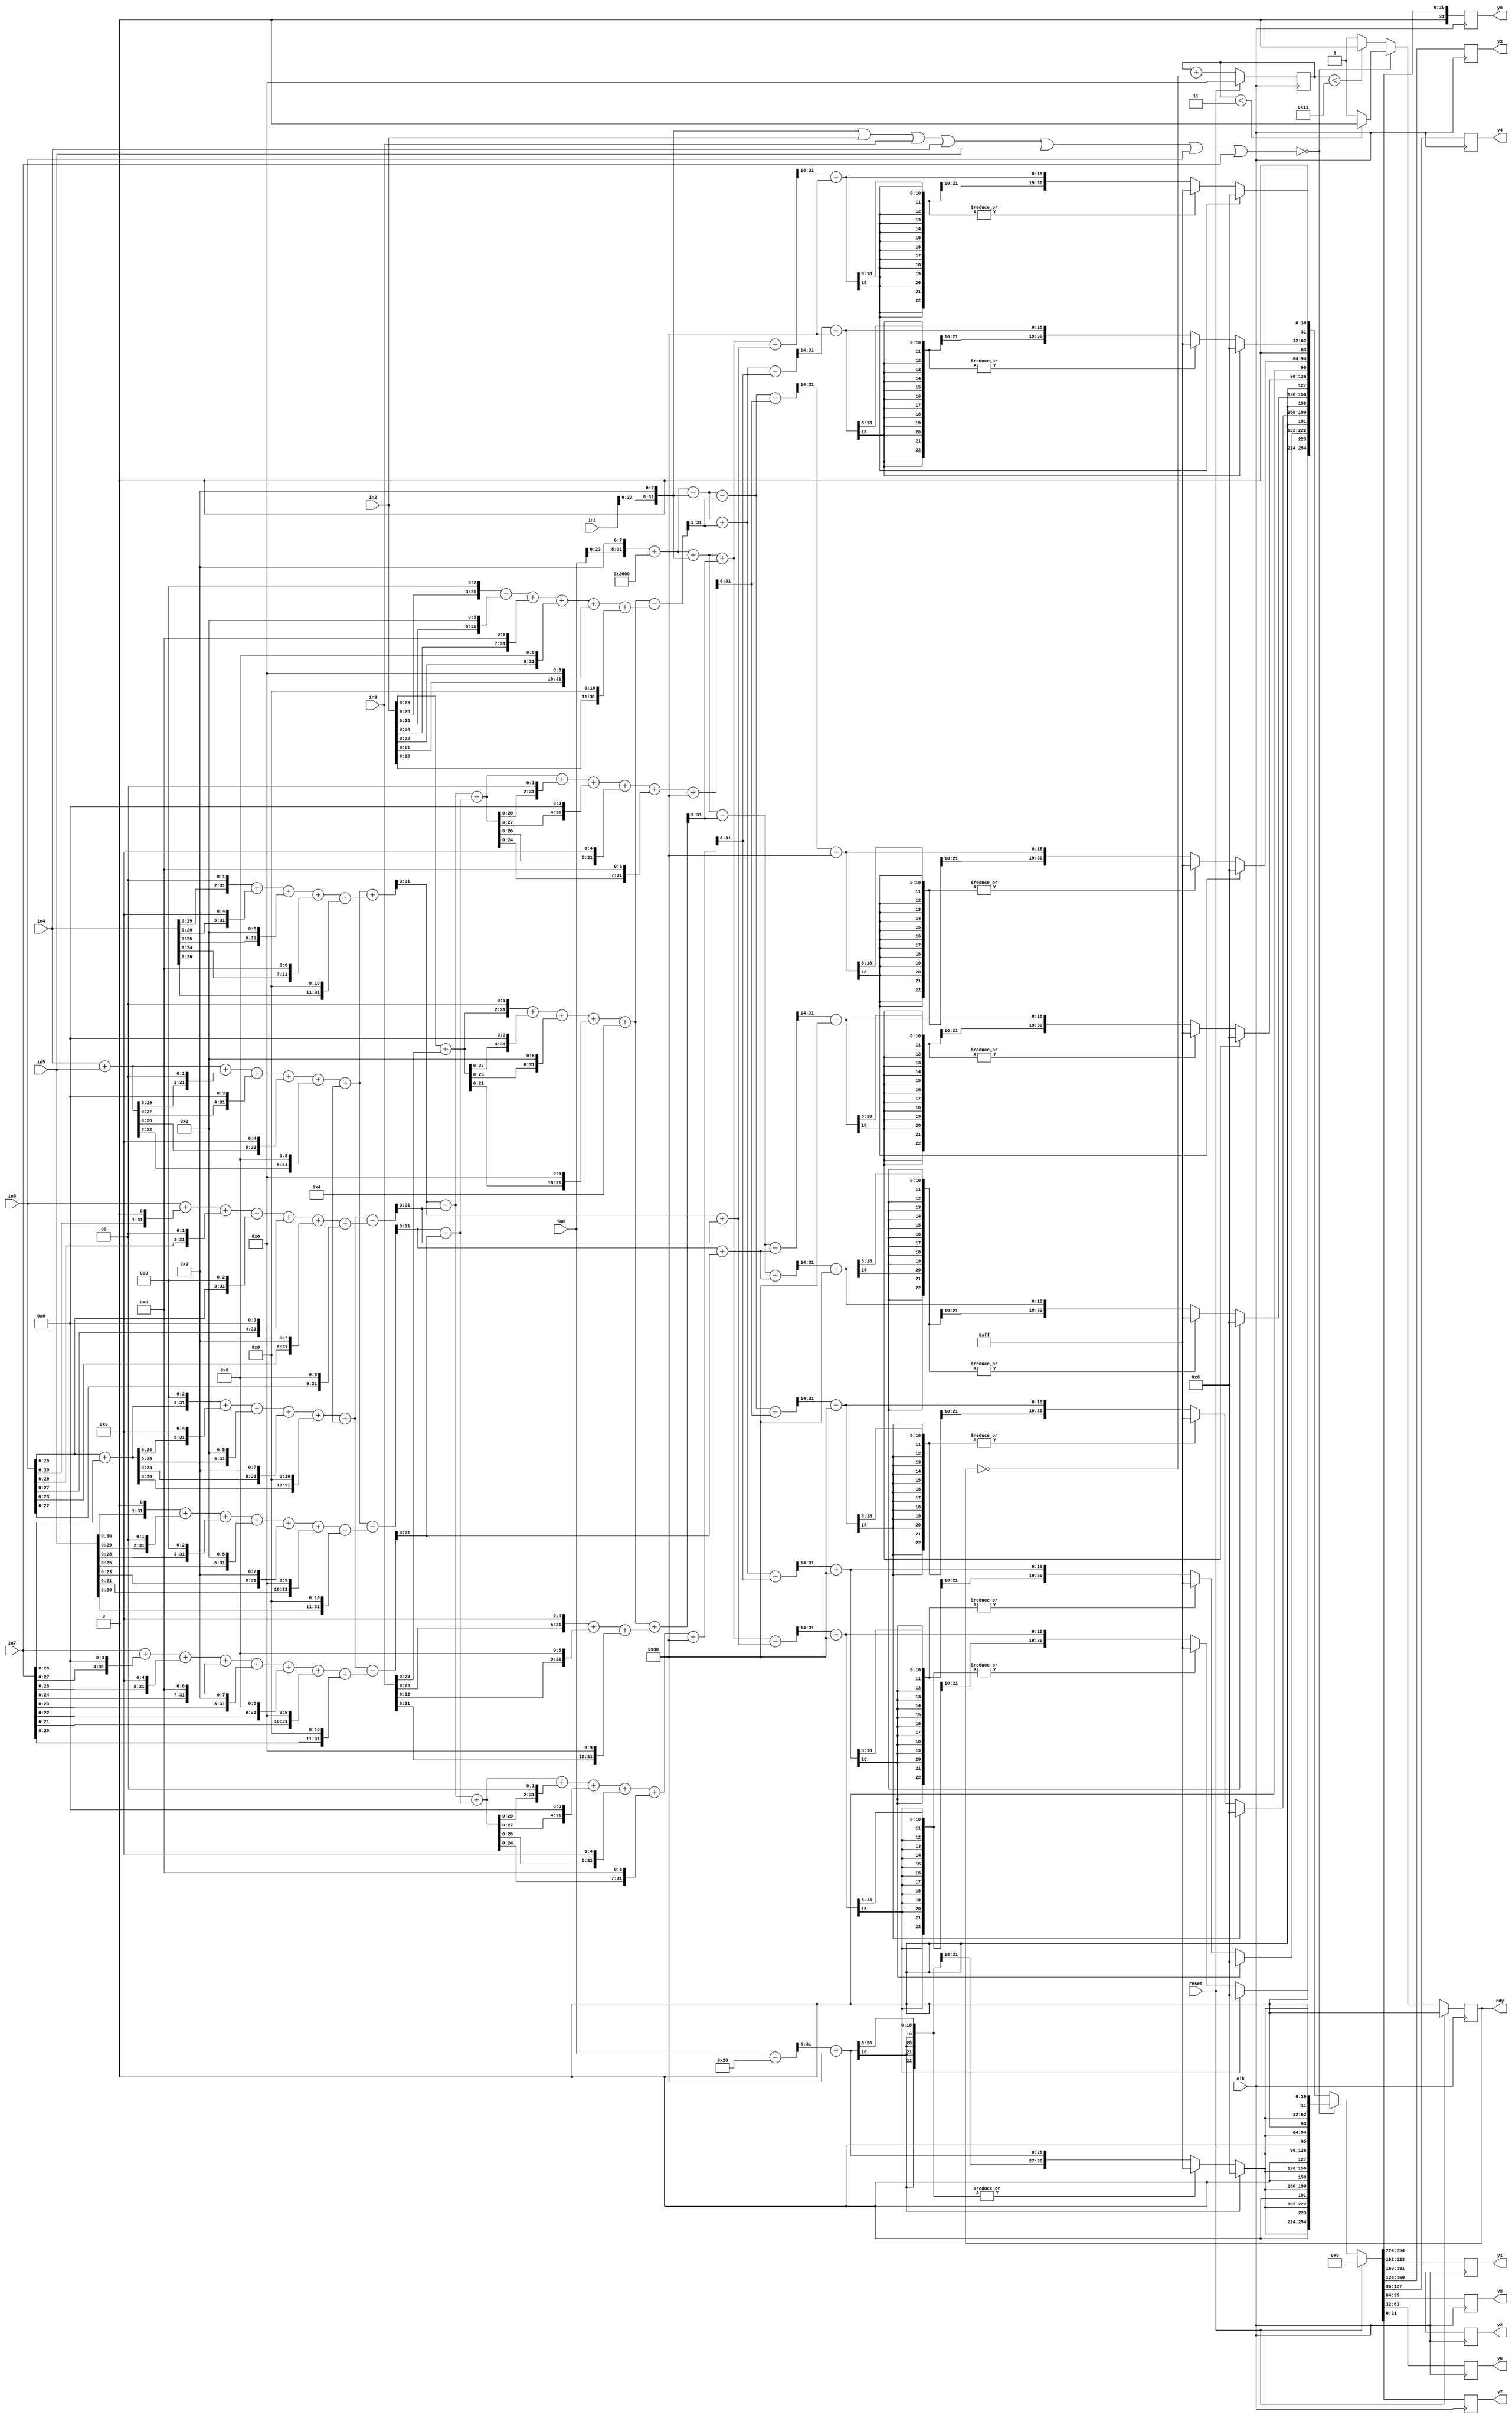
module col_idct (
    input clk,
    input reset,
    input wire signed [31:0] in0, // blk[0] variable in C code
    input wire signed [31:0] in1, // blk[8*4]
    input wire signed [31:0] in2, // blk[8*6]
    input wire signed [31:0] in3, // blk[8*2]
    input wire signed [31:0] in4, // blk[8*1]
    input wire signed [31:0] in5, // blk[8*7]
    input wire signed [31:0] in6, // blk[8*5]
    input wire signed [31:0] in7, // blk[8*3]
    output reg signed [31:0] y0, // y0 to y7 are the final outputs.
    output reg signed [31:0] y1,
    output reg signed [31:0] y2,
    output reg signed [31:0] y3,
    output reg signed [31:0] y4,
    output reg signed [31:0] y5,
    output reg signed [31:0] y6,
    output reg signed [31:0] y7,
    output reg rdy
);

    // reg signed [31:0] y0;
    // reg signed [31:0] y1;
    // reg signed [31:0] y2;
    // reg signed [31:0] y3;
    // reg signed [31:0] y4;
    // reg signed [31:0] y5;
    // reg signed [31:0] y6;
    // reg signed [31:0] y7;

    // wire signed [31:0] in0;
    // wire signed [31:0] in1;
    // wire signed [31:0] in2;
    // wire signed [31:0] in3;
    // wire signed [31:0] in4;
    // wire signed [31:0] in5;
    // wire signed [31:0] in6;
    // wire signed [31:0] in7;

    wire signed [31:0] i0;
    wire signed [31:0] i1;
    wire signed [31:0] i2;
    wire signed [31:0] i3;
    wire signed [31:0] i4;
    wire signed [31:0] i5;
    wire signed [31:0] i6;
    wire signed [31:0] i7;

    wire signed [31:0] t0;
    wire signed [31:0] t1;
    wire signed [31:0] t2;
    wire signed [31:0] t3;
    wire signed [31:0] t4;
    wire signed [31:0] t5;
    wire signed [31:0] t6;
    wire signed [31:0] t7;
    wire signed [31:0] t8;
    wire signed [31:0] t9;
    wire signed [31:0] t10;
    wire signed [31:0] t11;
    wire signed [31:0] t12;
    wire signed [31:0] t13;
    wire signed [31:0] t14;
    wire signed [31:0] t15;

    wire signed [31:0] i21;
    wire signed [31:0] i31;
    wire signed [31:0] i41;
    wire signed [31:0] i51;
    wire signed [31:0] i61;
    wire signed [31:0] i71;

    wire signed [31:0] i011;
    wire signed [31:0] i111;
    wire signed [31:0] i211;
    wire signed [31:0] i311;
    wire signed [31:0] i411;
    wire signed [31:0] i511;
    wire signed [31:0] i611;
    wire signed [31:0] i711;
    wire signed [31:0] i811;

    wire signed [31:0] i0111;
    wire signed [31:0] i4111;
    wire signed [31:0] i8111;

    wire signed [31:0] p0;
    wire signed [31:0] p1;
    wire signed [31:0] p2;
    wire signed [31:0] p3;
    wire signed [31:0] p4;
    wire signed [31:0] p5;
    wire signed [31:0] p6;
    wire signed [31:0] p7;

    wire signed [31:0] yc0;
    wire signed [31:0] yc1;
    wire signed [31:0] yc2;
    wire signed [31:0] yc3;
    wire signed [31:0] yc4;
    wire signed [31:0] yc5;
    wire signed [31:0] yc6;
    wire signed [31:0] yc7;

    wire signed [31:0] alt_out;
    wire signed [31:0] alt_out_clipped;

    reg [9:0] ctr;
    //reg rdy;

    always @(posedge clk) begin
        if(reset) begin
            ctr <= 0;
            rdy <= 0;
            {y0, y1, y2, y3, y4, y5, y6, y7} <= {8{32'b0}};
        end
        else begin
            ctr <= ctr + !rdy;
            if(!(i1 | i2 | i3 | i4 | i5 | i6 | i7)) begin
                {y0, y1, y2, y3, y4, y5, y6, y7} <= {8{alt_out_clipped}};
                if(ctr < 3) begin
                    rdy <= 0;
                end
                else begin
                    rdy <= 1;
                end
            end
            else begin
                {y0, y1, y2, y3, y4, y5, y6, y7} <= {yc0, yc1, yc2, yc3, yc4, yc5, yc6, yc7};
                if(ctr < 17) begin
                    rdy <= 0;
                end
                else begin
                    rdy <= 1;
                end
            end
        end
    end

    assign i0 = (in0 << 8) + 8192; // x0 = (blk[0] << 8) + 8192;
    assign i1 = in1 << 8;          // x1 = blk[8*4] << 8;
    assign i2 = in2;               // x2 = blk[8*6];
    assign i3 = in3;               // x3 = blk[8*2];
    assign i4 = in4;               // x4 = blk[8*1];
    assign i5 = in5;               // x5 = blk[8*7];
    assign i6 = in6;               // x6 = blk[8*5];
    assign i7 = in7;               // x7 = blk[8*3];

    assign alt_out = ((in0 + 32) >>> 6) + 128; // ((blk[0] + 32) >> 6) + 128;
    assign alt_out_clipped = (alt_out[31]) ? 0 : ((|alt_out[30:8]) ? 255 : alt_out); // njClip(((blk[0] + 32) >> 6) + 128);
    
    assign t0 = i4 + i5;                                                                                    // x4 + x5;
    assign t1 = t0 + (t0 << 2) + (t0 << 4) + (t0 << 5) + (t0 << 9) + 4;                                     // x8 = (x4 + x5)*W7 + 4;
    assign t2 = (i4 << 2) + (i4 << 5) + (i4 << 6) + (i4 << 7) + (i4 << 11);                                 // x4*(W1 - W7);
    assign t3 = (i5 << 1) + (i5 << 2) + (i5 << 3) + (i5 << 6) + (i5 << 8) + (i5 << 10) + (i5 << 11);        // x5*(W1 + W7);
    assign t4 = i6 + i7;                                                                                    // x6 + x7;
    assign t5 = (t4 << 3) + (t4 << 5) + (t4 << 6) + (t4 << 8) + (t4 << 11) + 4;                             // x8 = (x6 + x7)*W3 + 4;
    assign t6 = i6 + (i6 << 1) + (i6 << 2) + (i6 << 3) + (i6 << 4) + (i6 << 8) + (i6 << 9);                 // x6*(W3 - W5);
    assign t7 = i7 + (i7 << 4) + (i7 << 5) + (i7 << 7) + (i7 << 8) + (i7 << 9) + (i7 << 10) + (i7 << 11);   // x7*(W3 + W5);
    assign t8 = i2 + i3;                                                                                    // x2 + x3;
    assign t9 = (t8 << 2) + (t8 << 4) + (t8 << 6) + (t8 << 10) + 4;                                         // x1 = (x2 + x3)*W6 + 4;
    assign t10 = (i2 << 3) + (i2 << 6) + (i2 << 7) + (i2 << 9) + (i2 << 10) + (i2 << 11);                   // x2*(W2 + W6);
    assign t11 = (i3 << 5) + (i3 << 9) + (i3 << 10);                                                        // x3*(W2 - W6);

    assign i21 = (t9 - t10) >>> 3; // x2 = (x1 - (W2 + W6) * x2) >> 3;
    assign i31 = (t9 + t11) >>> 3; // x3 = (x1 + (W2 - W6) * x3) >> 3;
    assign i41 = (t1 + t2) >>> 3;  // x4 = (x8 + (W1 - W7) * x4) >> 3;
    assign i51 = (t1 - t3) >>> 3;  // x5 = (x8 - (W1 + W7) * x5) >> 3;
    assign i61 = (t5 - t6) >>> 3;  // x6 = (x8 - (W3 - W5) * x6) >> 3;
    assign i71 = (t5 - t7) >>> 3;  // x7 = (x8 - (W3 + W5) * x7) >> 3;

    assign i011 = i0 - i1;    // x0 -= x1;
    assign i811 = i0 + i1;    // x8 = x0 + x1;
    assign i111 = i41 + i61;  // x1 = x4 + x6;
    assign i311 = i011 + i21; // x3 = x0 + x2;
    assign i411 = i41 - i61;  // x4 -= x6;
    assign i511 = i51 - i71;  // x5 -= x7;
    assign i611 = i51 + i71;  // x6 = x5 + x7;
    assign i711 = i811 + i31; // x7 = x8 + x3;
    assign t12 = i411 + i511;                                                   // (x4 + x5)
    assign t13 = t12 + (t12 << 2) + (t12 << 4) + (t12 << 5) + (t12 << 7) + 128; // (181 * (x4 + x5) + 128)
    assign t14 = i411 - i511;                                                   // (x4 - x5)
    assign t15 = t14 + (t14 << 2) + (t14 << 4) + (t14 << 5) + (t14 << 7) + 128; // (181 * (x4 - x5) + 128)

    assign i0111 = i011 - i21; // x0 -= x2;
    assign i211 = t13 >>> 8;   // x2 = (181 * (x4 + x5) + 128) >> 8;
    assign i4111 = t15 >>> 8;  // x4 = (181 * (x4 - x5) + 128) >> 8;
    assign i8111 = i811 - i31; // x8 -= x3;

    assign p0 = ((i711 + i111) >>> 14) + 128;   // ((x7 + x1) >> 14) + 128
    assign p1 = ((i311 + i211) >>> 14) + 128;   // ((x3 + x2) >> 14) + 128
    assign p2 = ((i0111 + i4111) >>> 14) + 128; // ((x0 + x4) >> 14) + 128
    assign p3 = ((i8111 + i611) >>> 14) + 128;  // ((x8 + x6) >> 14) + 128
    assign p4 = ((i8111 - i611) >>> 14) + 128;  // ((x8 - x6) >> 14) + 128
    assign p5 = ((i0111 - i4111) >>> 14) + 128; // ((x0 - x4) >> 14) + 128
    assign p6 = ((i311 - i211) >>> 14) + 128;   // ((x3 - x2) >> 14) + 128
    assign p7 = ((i711 - i111) >>> 14) + 128;   // ((x7 - x1) >> 14) + 128

    assign yc0 = (p0[31]) ? 0 : ((|p0[30:8]) ? 255 : p0); // doing the njClip function.
    assign yc1 = (p1[31]) ? 0 : ((|p1[30:8]) ? 255 : p1);
    assign yc2 = (p2[31]) ? 0 : ((|p2[30:8]) ? 255 : p2);
    assign yc3 = (p3[31]) ? 0 : ((|p3[30:8]) ? 255 : p3);
    assign yc4 = (p4[31]) ? 0 : ((|p4[30:8]) ? 255 : p4);
    assign yc5 = (p5[31]) ? 0 : ((|p5[30:8]) ? 255 : p5);
    assign yc6 = (p6[31]) ? 0 : ((|p6[30:8]) ? 255 : p6);
    assign yc7 = (p7[31]) ? 0 : ((|p7[30:8]) ? 255 : p7);
    
    
endmodule